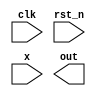
module seq_det(
    input clk, rst_n, x,
    output reg out
);

    wire z;

    `ifdef MOORE_DET_NONOV
        moore_det_nonov SD(clk, rst_n, x, z);

    `elsif MOORE_DET_OV
        moore_det_ov SD(clk, rst_n, x, z);

    `elsif MEALY_DET_NONOV
        mealy_det_nonov SD(clk, rst_n, x, z);

    `elsif MEALY_DET_OV
        mealy_det_ov SD(clk, rst_n, x, z);
    `endif

    always @(*) begin
        out = z;
    end

endmodule